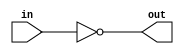
module invert_bus
	#(parameter width=4)
	(input [width-1:0] in,
	output [width-1:0] out
);
	assign out = ~in;
endmodule